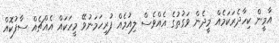
އާމީން ކިހާދެރަކަމެއް މީދެން ވަގުތުގެ އެއްވެސް ލިއުމެއް ފުރިހަމަނުވޭ މީހަކައް އެއްޗެއް ސާފުކޮއް